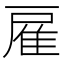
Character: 雇